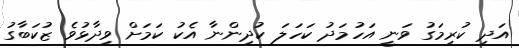
އަދި ކުރިމަގު ވަނީ އަހުމަދު ކަހަލަ ކުދިންނާ އެކު ކަމަށް ވިދާޅުވެ ޒުކަބާގު